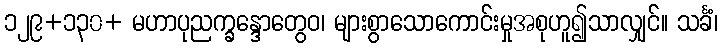
၁၂၉+၁၃၀+ မဟာပုညက္ခန္ဒောတွေဝ၊ များစွာသောကောင်းမှုအစုဟူ၍သာလျှင်။ သင်္ခံ၊